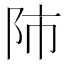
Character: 𨸲